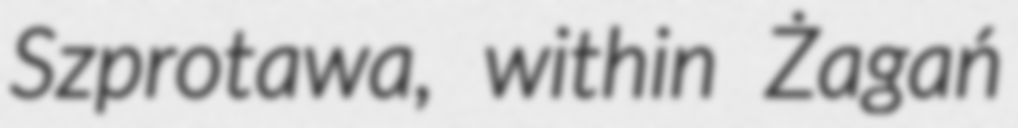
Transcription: Szprotawa, within Żagań